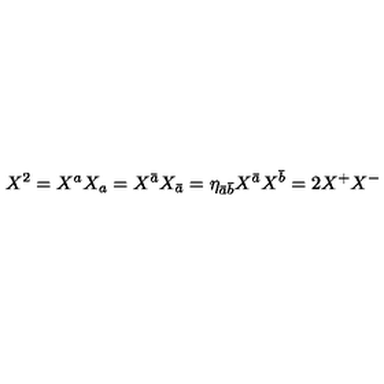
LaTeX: X ^ { 2 } = X ^ { a } X _ { a } = X ^ { \bar { a } } X _ { \bar { a } } = \eta _ { \bar { a } \bar { b } } X ^ { \bar { a } } X ^ { \bar { b } } = 2 X ^ { + } X ^ { - }